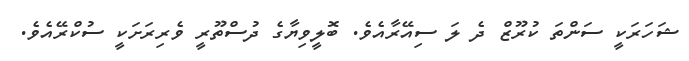
ޝަހަރަކީ ސަންތަ ކުރޫޒް ދެ ލަ ސިއޭރާއެވެ. ބޮލީވިޔާގެ ދުސްތޫރީ ވެރިރަށަކީ ސުކްރޭއެވެ.